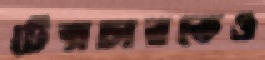
টেক্সচারকেও